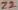
Text: Z2